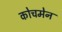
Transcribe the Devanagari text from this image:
कोचमेन